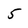
Character: 5